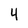
Character: 4